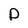
Character: p